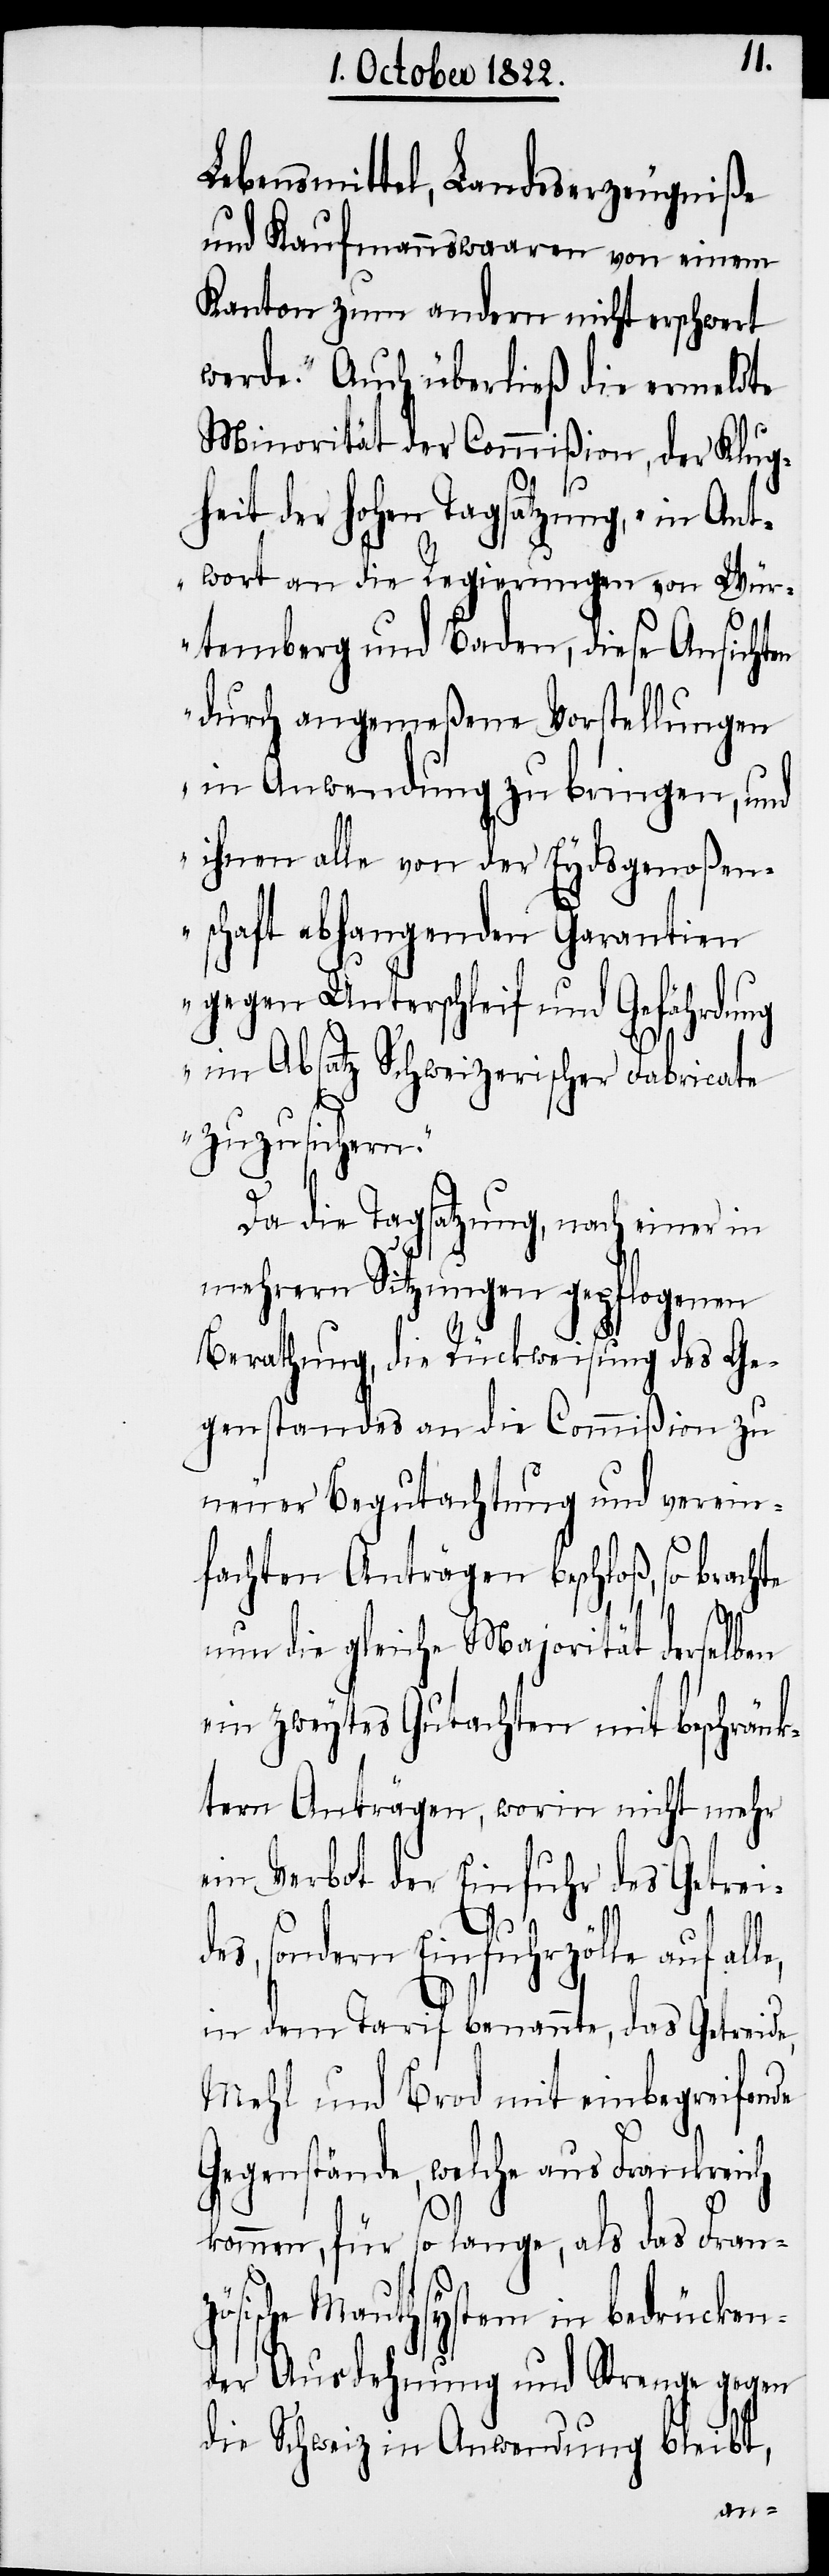
Lebensmittel, Landeserzeugniße
und Kaufmannswaaren von einem
Kanton zum andern nicht erschwert
werde.“ Auch überließ die ermeldte
Minorität der Commißion, der Klug¬
heit der hohen Tagsatzung, „in Ant¬
wort an die Regierungen von Wür¬
temberg und Baden, diese Ansichten
durch angemeßene Vorstellungen
in Anwendung zu bringen, und
ihnen alle von der Eydsgenoßen¬
schaft abhangenden Garantien
gegen Unterschleif und Gefährdung
im Absatz Schweizerischer Fabricate
zuzusichern.“
Da die Tagsatzung, nach einer in
mehrern Sitzungen gepflogenen
Berathung, die Rückweisung des Ge¬
genstandes an die Com¬
ion zu
neuer Begutachtung und verein¬
fachten Anträgen beschloß, so brach¬
ö¬
nun die gleiche Majorität derselben
ein zweytes Gutachten mit beschrän¬
kten Anträgen, worin nicht mehr
ein Verbot der Einfuhr
kom¬
des, sondern Einfuhrzölle auf all¬
in dem Tarif benannte, das Getreide,
Mehl und Brod mit einbegreifende
Gegenstände, welche aus Frankreich
men, für so lange, als das Franz¬
sische Mauthsystem in bedrücken¬
der Ausdehnung und Strenge gegen
die Schweiz in Anwendung bleibt,
Getrei¬